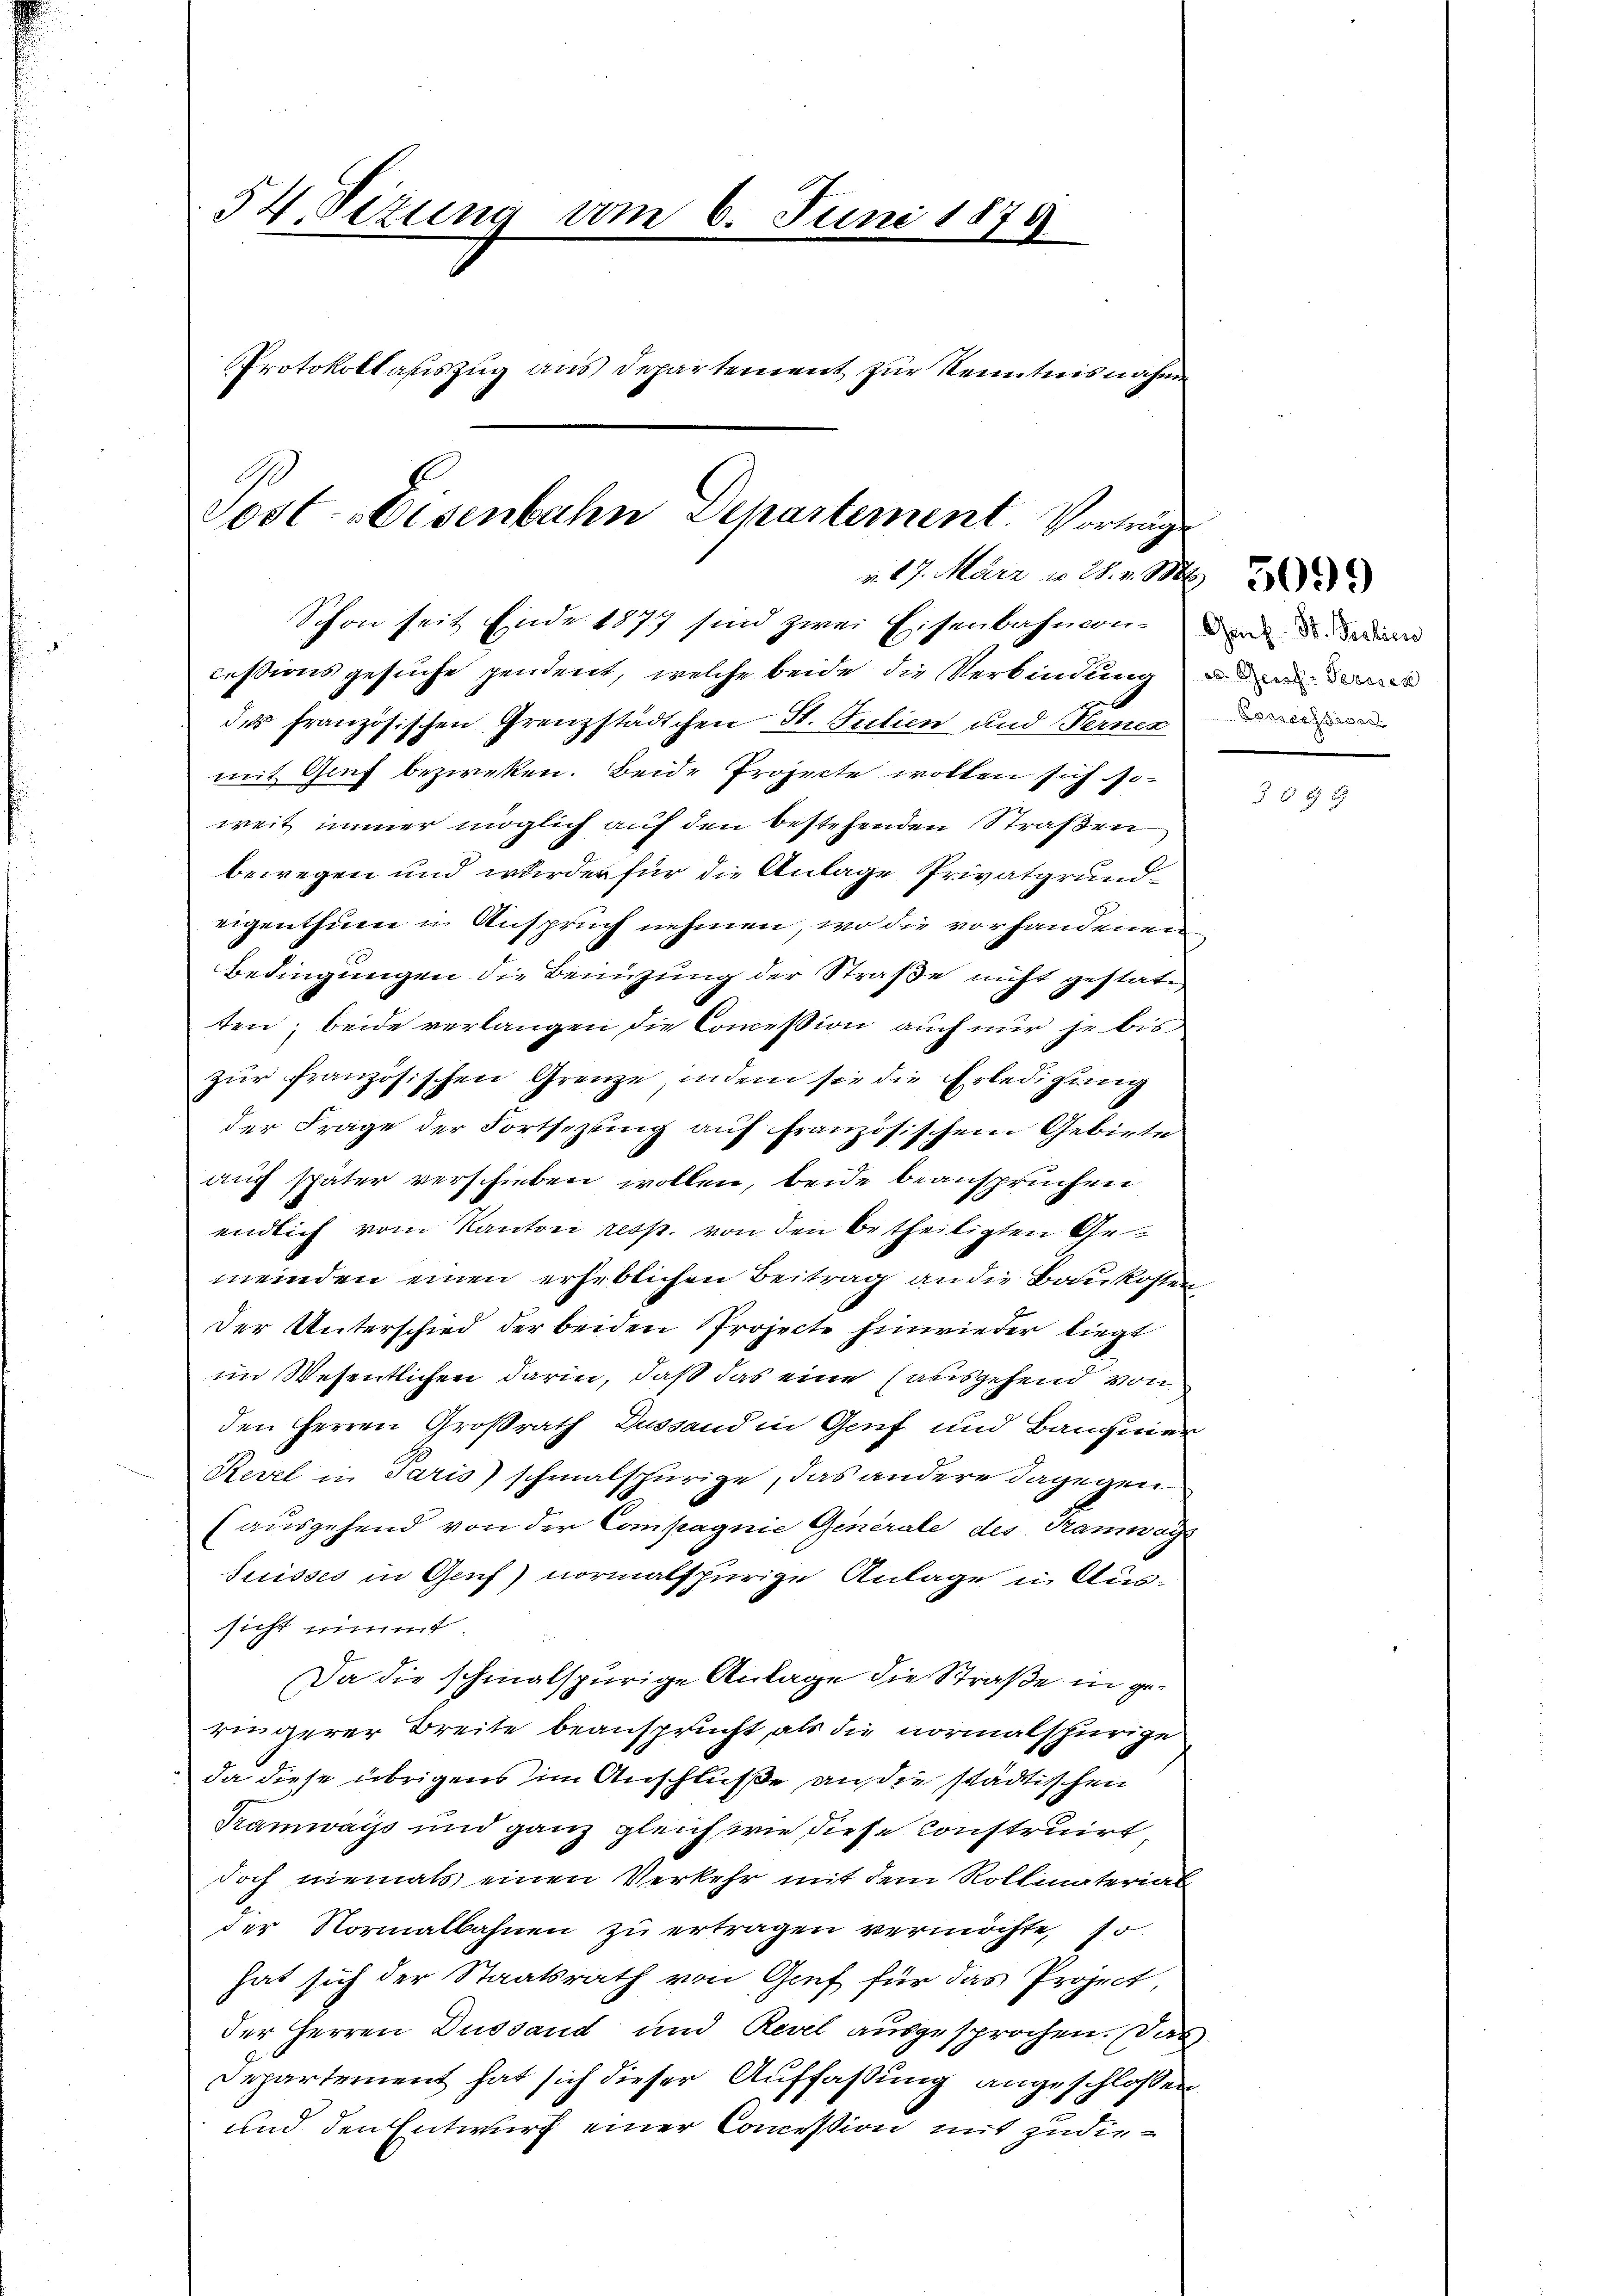
54. Sizung vom 6. Juni 1879.
Protokollauszug aus Departement zur Kenntnisnahme

Sost-Eisenbahn Departement. Vorträge
v. 17. März u. 28. v. M.
Schon seit Ende 1877 sind zwei Eisenbahnen. Da de dan

cessionsgesuche pendent, welche beide die Verbindung und das
der französischen Grenzstädtchen St. Teilien und Nerner
mit Genf bezweken. Beide Projecte wollen sich soweit immer möglich auf den bestehenden Straßen
bewegen und wurde für die Anlage Privatgrundeigenthum u Anspruch nehmen, wo die vorhandenen
Bedingungen die Benüzung der Straße nicht gestatt
ten; beide verlangen die Concession auch nur je bis
zŭr französischen Grenze, indem sie die Erledigŭng
der Frage der Fortsezung auf französischem Gebiete
auch später verschieben wollen, beide beanspruchen
endlich vom Kanton resp. von den betheiligten Gemeinden einen erheblichen Beitrag an die Baukosten
Der Unterschied der beiden Projecte hinwieder liegt
im Wesentlichen darin, daß das eine ausgehend von
den Herren Großrath Zustand in Genf und Bangier
Revel in Paris schmalspurige, das andere dagegen
(ausgehend von der Compagnie Generale des Tramwag
Suisses in Genf) normalspurige Anlage in Aussicht nimmt
Da die schmalspurige Anlage die Straße in geringerer Breite beansprucht, als die normalspurige
da diese übrigens im Anschluße an die städtischen
Tramways und ganz gleichstrie diese Konstruirt
doch niemals einen Verkehr mit dem Rollinaterial
der Normalbahnen zu ertragen vermöchte, so
hat sich der Staatsrath von Gief für das Project,
der Herren Dussand und Revel ausgesprochen. Das
Departement hat sich dieser Auffaßung angeschlossen
und den Entwurf einer Commission mit zudie¬

Kessession

54 x